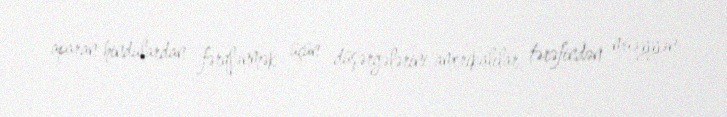
aparan hindulardan fərqlənmək üçün düşərgələrini amerikalılar tərəfindən müəyyən